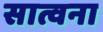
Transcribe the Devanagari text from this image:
सात्वना